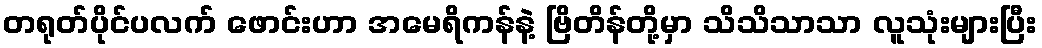
တရုတ်ပိုင်ပလက် ဖောင်းဟာ အမေရိကန်နဲ့ ဗြိတိန်တို့မှာ သိသိသာသာ လူသုံးများပြီး